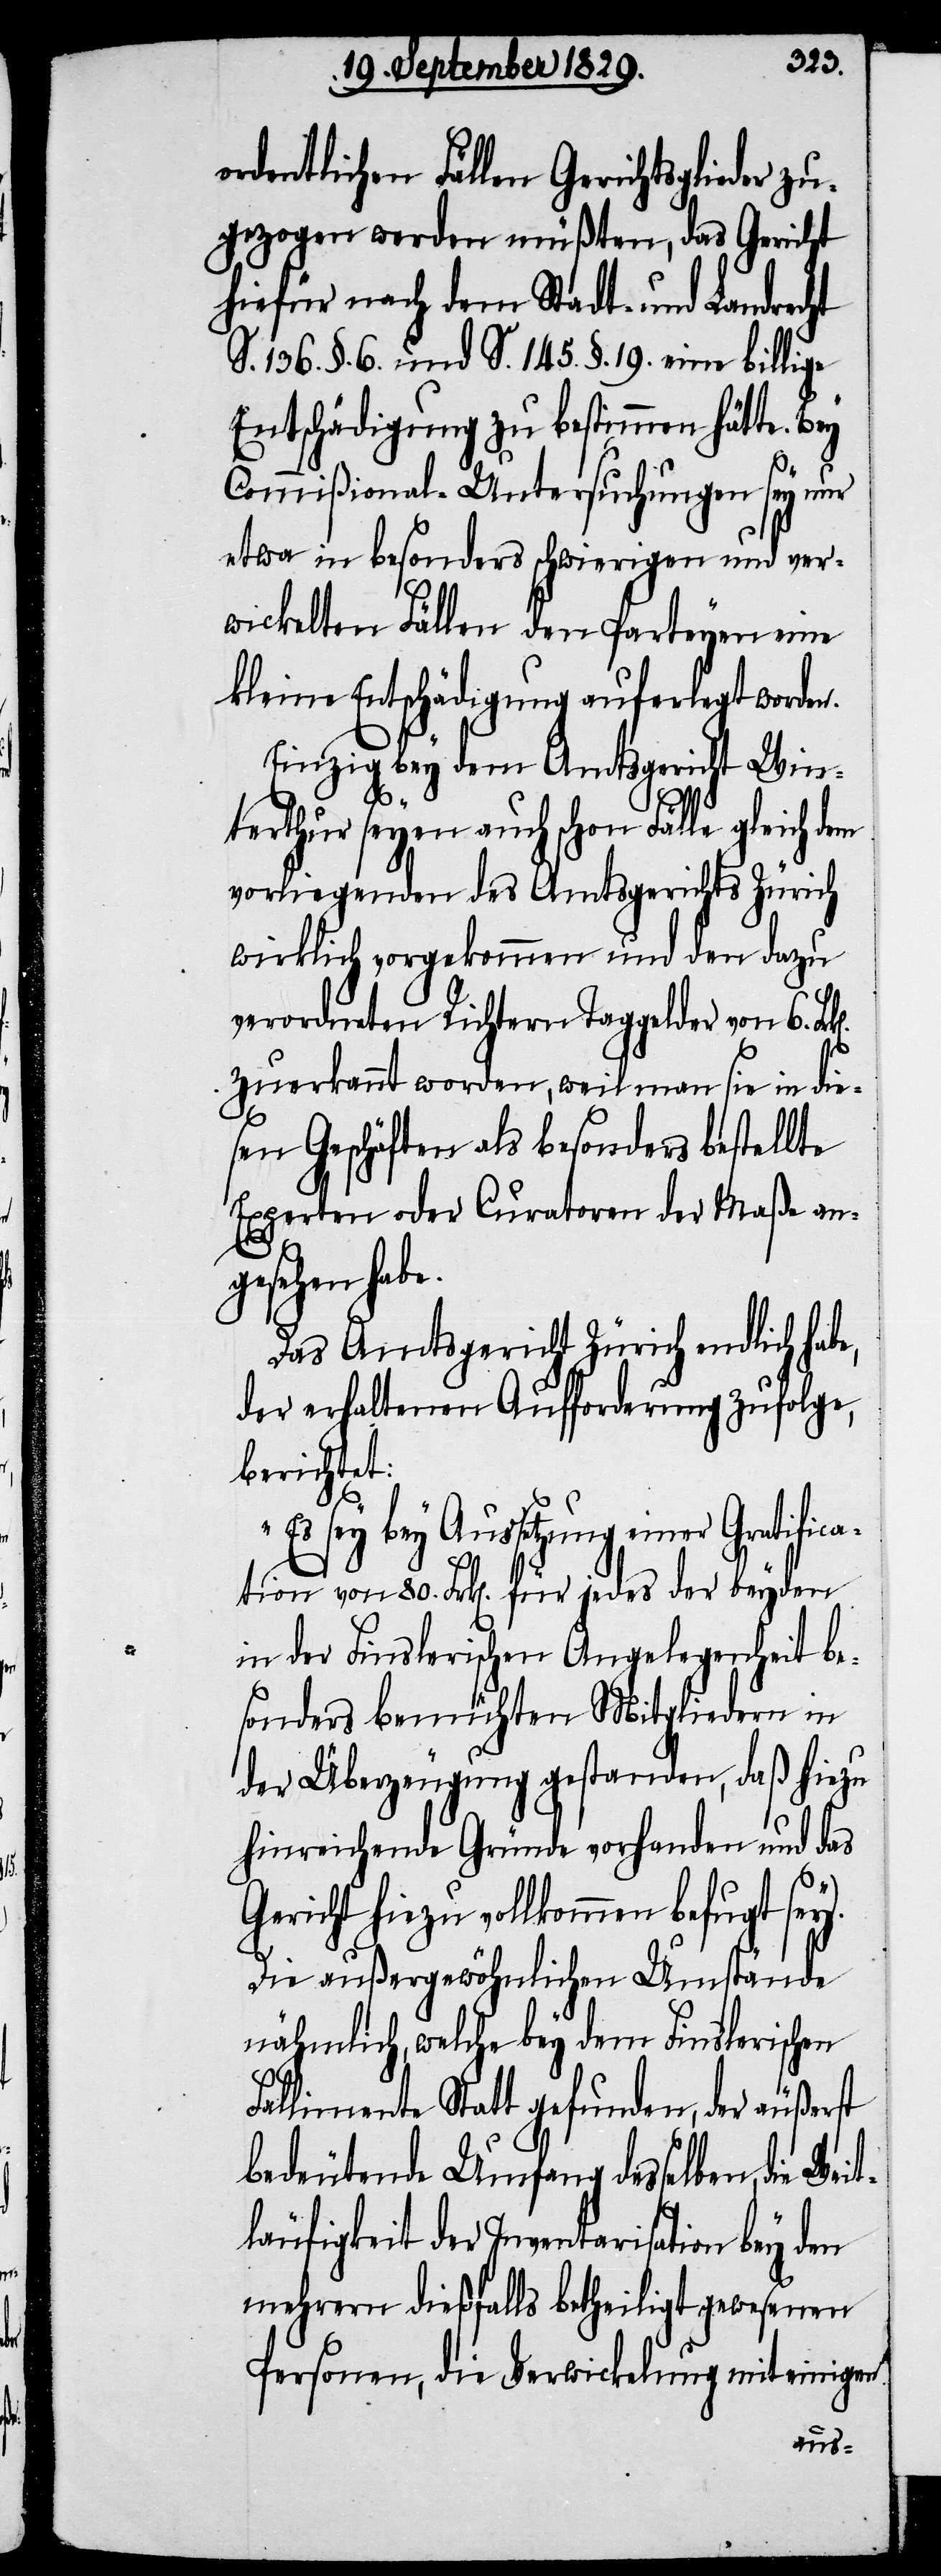
ordentlichen Fällen Gerichtsglieder zu¬
gezogen werden müßten, das Gericht
hiefür nach dem Stadt- und Landrecht
S. 136. §. 6. und S. 145. §. 19. eine billige
Entschädigung zu bestimmen hätte. Bey
Commißional-Untersuchungen sey nur
etwa in besonders schwierigen und ver¬
wickelten Fällen den Parteyen eine
kleine Entschädigung auferlegt worden.
Einzig bey dem Amtsgericht Win¬
i¬
terthur seyen auch schon Fälle gleich
vorliegenden des Amtsgerichts Zürich
wirklich vorgekommen und den dazu
verordneten Richtern Taggelder von 6.
zuerkannt worden, weil man sie in die¬
sen Geschäften als besonders bestellte
Experten oder Curatoren der Maße an¬
gesehen habe.
Das Amtsgericht Zürich endlich habe,
der erhaltenen Aufforderung zufolge,
berichtet:
bey Aussetzung einer Gratif¬
cation von 80. Frk[en]. für jedes der beyden
in der Finslerischen Angelegenheit be¬
sonders bemühten Mitgliedern in
der Überzeugung gestanden, daß hiezu
hinreichende Gründe vorhanden und das
Gericht hiezu vollkommen befugt
Die außergewöhnlichen Umstände
nähmlich, welche bey dem Finslerischen
Fallimente Statt gefunden, der äußerst
bedeutende Umfang desselben, die
läufigkeit der Inventarisation bey dem
mehrern dießfalls betheiligt gewesenen
Personen, die Verwicklung mit einigen
Weit¬